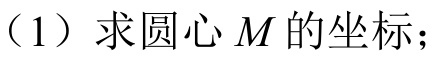
（1）求圆心 \(M\) 的坐标；